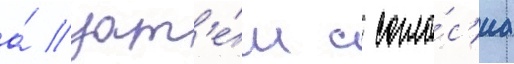
а́ зат'е́м с согла́с'иа